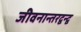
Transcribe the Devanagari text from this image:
जीवनान्तरद्वन्द्व